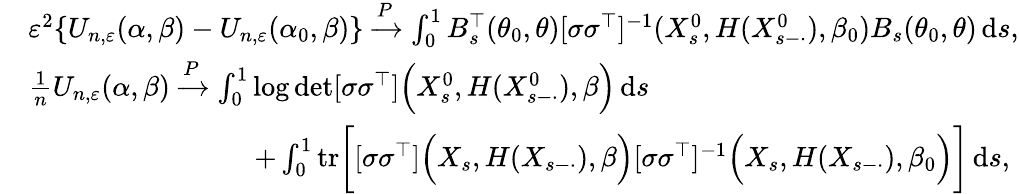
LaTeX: \begin{array}{rl}&{\varepsilon^{2}\{ U_{n,\varepsilon}(\alpha,\beta)-U_{n,\varepsilon}(\alpha_{0},\beta)\} \xrightarrow{P}\int_{0}^{1}B_{s}^{\top}(\theta_{0},\theta)[\sigma\sigma^{\top}]^{-1}(X_{s}^{0},H(X_{s-\cdot}^{0}),\beta_{0})B_{s}(\theta_{0},\theta)\, \mathrm{d}s,}\\ &{\frac{1}{n}U_{n,\varepsilon}(\alpha,\beta)\xrightarrow{P}\int_{0}^{1}\log\operatorname*{det}[\sigma\sigma^{\top}]\Bigl(X_{s}^{0},H(X_{s-\cdot}^{0}),\beta\Bigr)\, \mathrm{d}s}\\ &{\qquad\qquad\qquad\qquad+\int_{0}^{1}\mathrm{tr}\bigg[[\sigma\sigma^{\top}]\Bigl(X_{s},H(X_{s-\cdot}),\beta\Bigr)[\sigma\sigma^{\top}]^{-1}\Bigl(X_{s},H(X_{s-\cdot}),\beta_{0}\Bigr)\bigg]\, \mathrm{d}s,}\end{array}